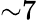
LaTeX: \mathord{\sim}7